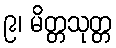
၉၊ မိတ္တသုတ္တ